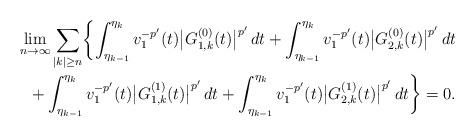
LaTeX: \begin{align*}\lim_{n\to\infty}\sum_{|k|\ge n}\biggl\{\int_{\eta_{k-1}}^{\eta_k}v_1^{-p'}(t)\bigl|G_{1,k}^{(0)}(t)\bigr|^{p'}\,dt+\int_{\eta_{k-1}}^{\eta_k}v_1^{-p'}(t)\bigl|G_{2,k}^{(0)}(t)\bigr|^{p'}\,dt\\+\int_{\eta_{k-1}}^{\eta_k}v_1^{-p'}(t)\bigl|G_{1,k}^{(1)}(t)\bigr|^{p'}\,dt+\int_{\eta_{k-1}}^{\eta_k}v_1^{-p'}(t)\bigl|G_{2,k}^{(1)}(t)\bigr|^{p'}\,dt\biggr\}=0.\end{align*}